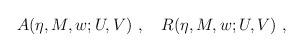
LaTeX: \begin{align*}A(\eta,M,w;U,V)\ ,\quad R(\eta,M,w;U,V)\ ,\end{align*}